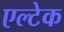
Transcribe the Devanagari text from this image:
एल्टेक